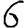
Digit: 6